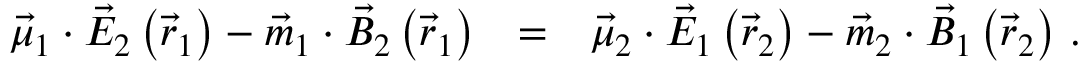
\begin{array} { r l r } { \vec { \mu } _ { 1 } \cdot \vec { E } _ { 2 } \left( \vec { r } _ { 1 } \right) - \vec { m } _ { 1 } \cdot \vec { B } _ { 2 } \left( \vec { r } _ { 1 } \right) } & { = } & { \vec { \mu } _ { 2 } \cdot \vec { E } _ { 1 } \left( \vec { r } _ { 2 } \right) - \vec { m } _ { 2 } \cdot \vec { B } _ { 1 } \left( \vec { r } _ { 2 } \right) \, . } \end{array}